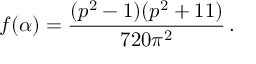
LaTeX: f ( \alpha ) = \frac { ( p ^ { 2 } - 1 ) ( p ^ { 2 } + 1 1 ) } { 7 2 0 \pi ^ { 2 } } \, .